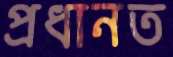
প্রধানত